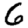
Digit: 6